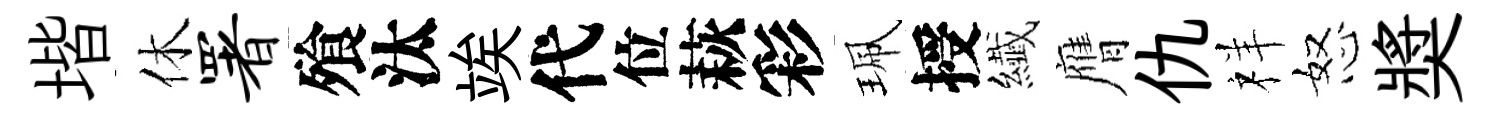
堦休署飱汰竢代位萩彩珮授纎膺仇祥怒奬